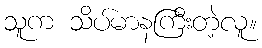
သူက သိပ်မာနကြီးတဲ့လူ။